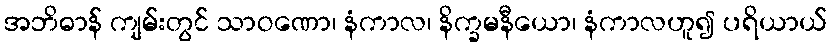
အဘိဓာန် ကျမ်းတွင် သာဝဏော၊ နံကာလ၊ နိက္ခမနီယော၊ နံကာလဟူ၍ ပရိယာယ်